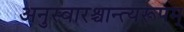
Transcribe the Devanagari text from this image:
अनुस्वारश्चान्त्यरूपम्